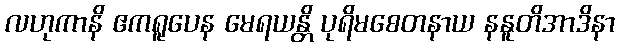
လဟုကာနိ ဧကရူပေန မေရယန္တိ ပုရိမစေတနာယ နနူတိအာဒိနာ